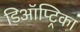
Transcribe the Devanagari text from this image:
डिऑप्ट्रिका